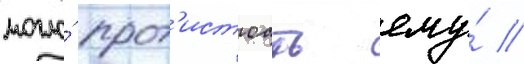
могло́ прот'истоать ему́ //